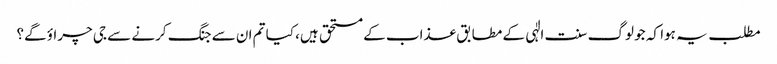
مطلب یہ ہوا کہ جو لوگ سنت الٰہی کے مطابق عذاب کے مستحق ہیں، کیا تم ان سے جنگ کرنے سے جی چراؤ گے؟